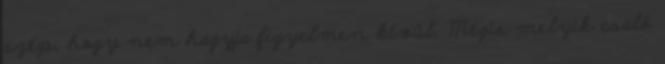
szép, hogy nem hagyja figyelmen kívül. Mégis melyik csaló